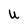
Character: u